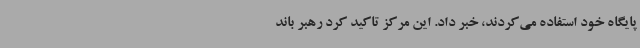
پایگاه خود استفاده می‌کردند، خبر داد. این مرکز تاکید کرد رهبر باند